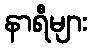
နာရီများ